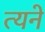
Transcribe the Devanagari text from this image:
त्यने